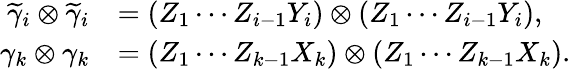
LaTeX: \begin{array}{rl}{\widetilde{\gamma}_{i}\otimes\widetilde{\gamma}_{i}}&{=(Z_{1}\cdots Z_{i-1}Y_{i})\otimes(Z_{1}\cdots Z_{i-1}Y_{i}),}\\ {\gamma_{k}\otimes\gamma_{k}}&{=(Z_{1}\cdots Z_{k-1}X_{k})\otimes(Z_{1}\cdots Z_{k-1}X_{k}).}\end{array}